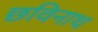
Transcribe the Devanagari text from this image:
छविनाथ